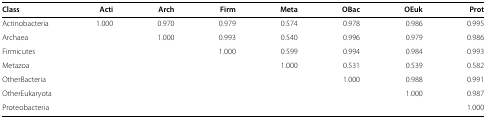
<table><thead><tr><td><b>Class</b></td><td><b>Acti</b></td><td><b>Arch</b></td><td><b>Firm</b></td><td><b>Meta</b></td><td><b>OBac</b></td><td><b>OEuk</b></td><td><b>Prot</b></td></tr></thead><tbody><tr><td>Actinobacteria</td><td>1.000</td><td>0.970</td><td>0.979</td><td>0.574</td><td>0.978</td><td>0.986</td><td>0.995</td></tr><tr><td>Archaea</td><td> </td><td>1.000</td><td>0.993</td><td>0.540</td><td>0.996</td><td>0.979</td><td>0.986</td></tr><tr><td>Firmicutes</td><td> </td><td> </td><td>1.000</td><td>0.599</td><td>0.994</td><td>0.984</td><td>0.993</td></tr><tr><td>Metazoa</td><td> </td><td> </td><td> </td><td>1.000</td><td>0.531</td><td>0.539</td><td>0.582</td></tr><tr><td>OtherBacteria</td><td> </td><td> </td><td> </td><td> </td><td>1.000</td><td>0.988</td><td>0.991</td></tr><tr><td>OtherEukaryota</td><td> </td><td> </td><td> </td><td> </td><td> </td><td>1.000</td><td>0.987</td></tr><tr><td>Proteobacteria</td><td> </td><td> </td><td> </td><td> </td><td> </td><td> </td><td>1.000</td></tr></tbody></table>